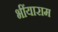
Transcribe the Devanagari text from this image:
भींयाराम